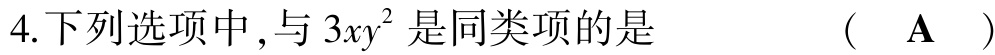
4.下列选项中，与\(3xy^{2}\)是同类项的是  （  A  ）